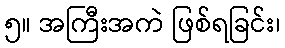
၅။ အကြီးအကဲ ဖြစ်ရခြင်း၊